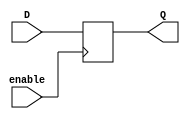
module EnableLatch(
    input wire D,
    input wire enable,
    output reg Q
);

// D flip-flop with enable signal
always @(posedge enable)
begin
    if(enable == 1'b1)
        Q <= D;
end

endmodule